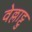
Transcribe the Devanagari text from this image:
वेल्लाट्टु